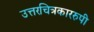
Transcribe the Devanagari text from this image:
उत्तरचित्रकाररुपी